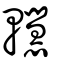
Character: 䡺